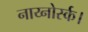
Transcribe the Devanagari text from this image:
नाय्नोर्स्क।